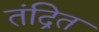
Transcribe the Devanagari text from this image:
तंद्रित